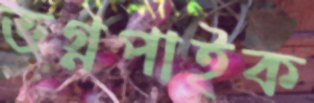
ভগ্নপাইক